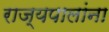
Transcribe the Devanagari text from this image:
राज्यपालांना